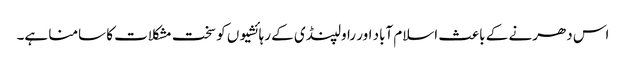
اس دھرنے کے باعث اسلام آباد اور راولپنڈی کے رہائشیوں کو سخت مشکلات کا سامنا ہے۔